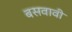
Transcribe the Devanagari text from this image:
बसवावी